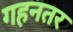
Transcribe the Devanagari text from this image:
गहनतर